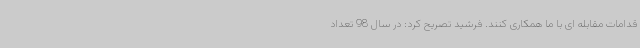
قدامات مقابله ای با ما همکاری کنند. فرشید تصریح کرد: در سال 98 تعداد